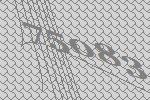
75083